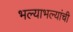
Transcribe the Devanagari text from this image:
भल्याभल्यांची